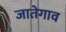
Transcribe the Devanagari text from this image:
जातेगाव